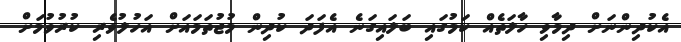
އެކުދިންނަށް ދިމާވި ހާލަތެއް ކަމުގައި ބަލައިގަނެ އެފަދަ ކުދިން މުޖުތަމައަށް އަހުލުވެރި ކުރުވުމަށް